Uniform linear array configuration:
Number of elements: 4
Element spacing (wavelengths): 0.5
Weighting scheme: hamming
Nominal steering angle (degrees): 15
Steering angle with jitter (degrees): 16.535
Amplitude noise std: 0.05
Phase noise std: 0.05

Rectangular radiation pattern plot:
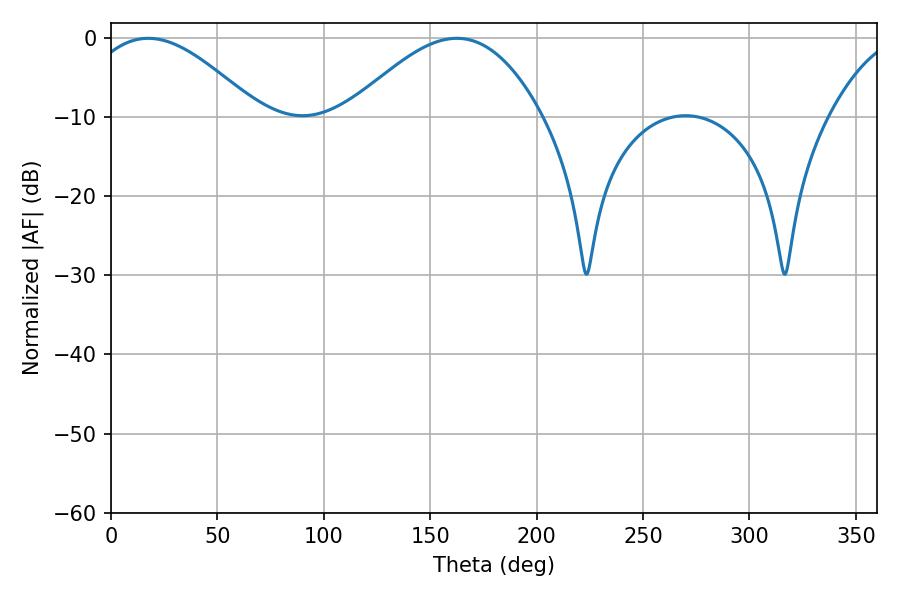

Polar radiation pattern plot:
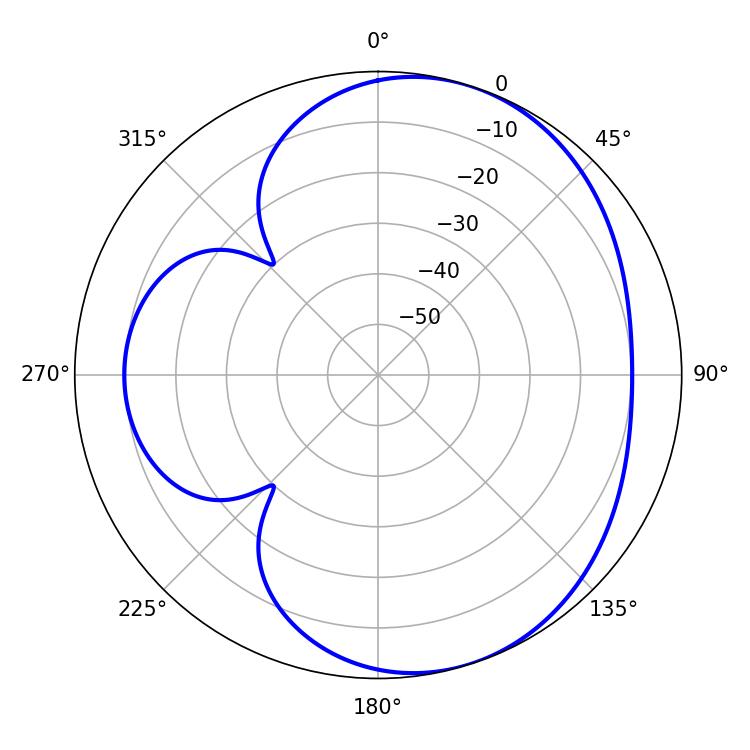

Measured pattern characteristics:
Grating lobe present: FALSE
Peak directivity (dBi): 5.149
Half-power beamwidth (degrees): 44.1
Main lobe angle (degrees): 17.46